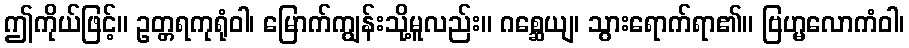
ဤကိုယ်ဖြင့်။ ဥတ္တရကုရုံဝါ၊ မြောက်ကျွန်းသို့မူလည်း။ ဂစ္ဆေယျ၊ သွားရောက်ရာ၏။ ဗြဟ္မလောကံဝါ၊